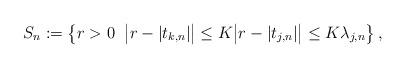
LaTeX: \begin{align*} S_n :=\left\{r>0\; \; \big|r-|t_{k,n}|\big|\leq K\big|r-|t_{j,n}|\big|\leq K\lambda_{j,n}\right\},\end{align*}